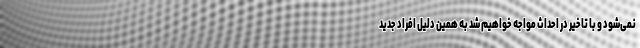
نمی‌شود و با تاخیر در احداث مواجه خواهیم شد به همین دلیل افراد جدید